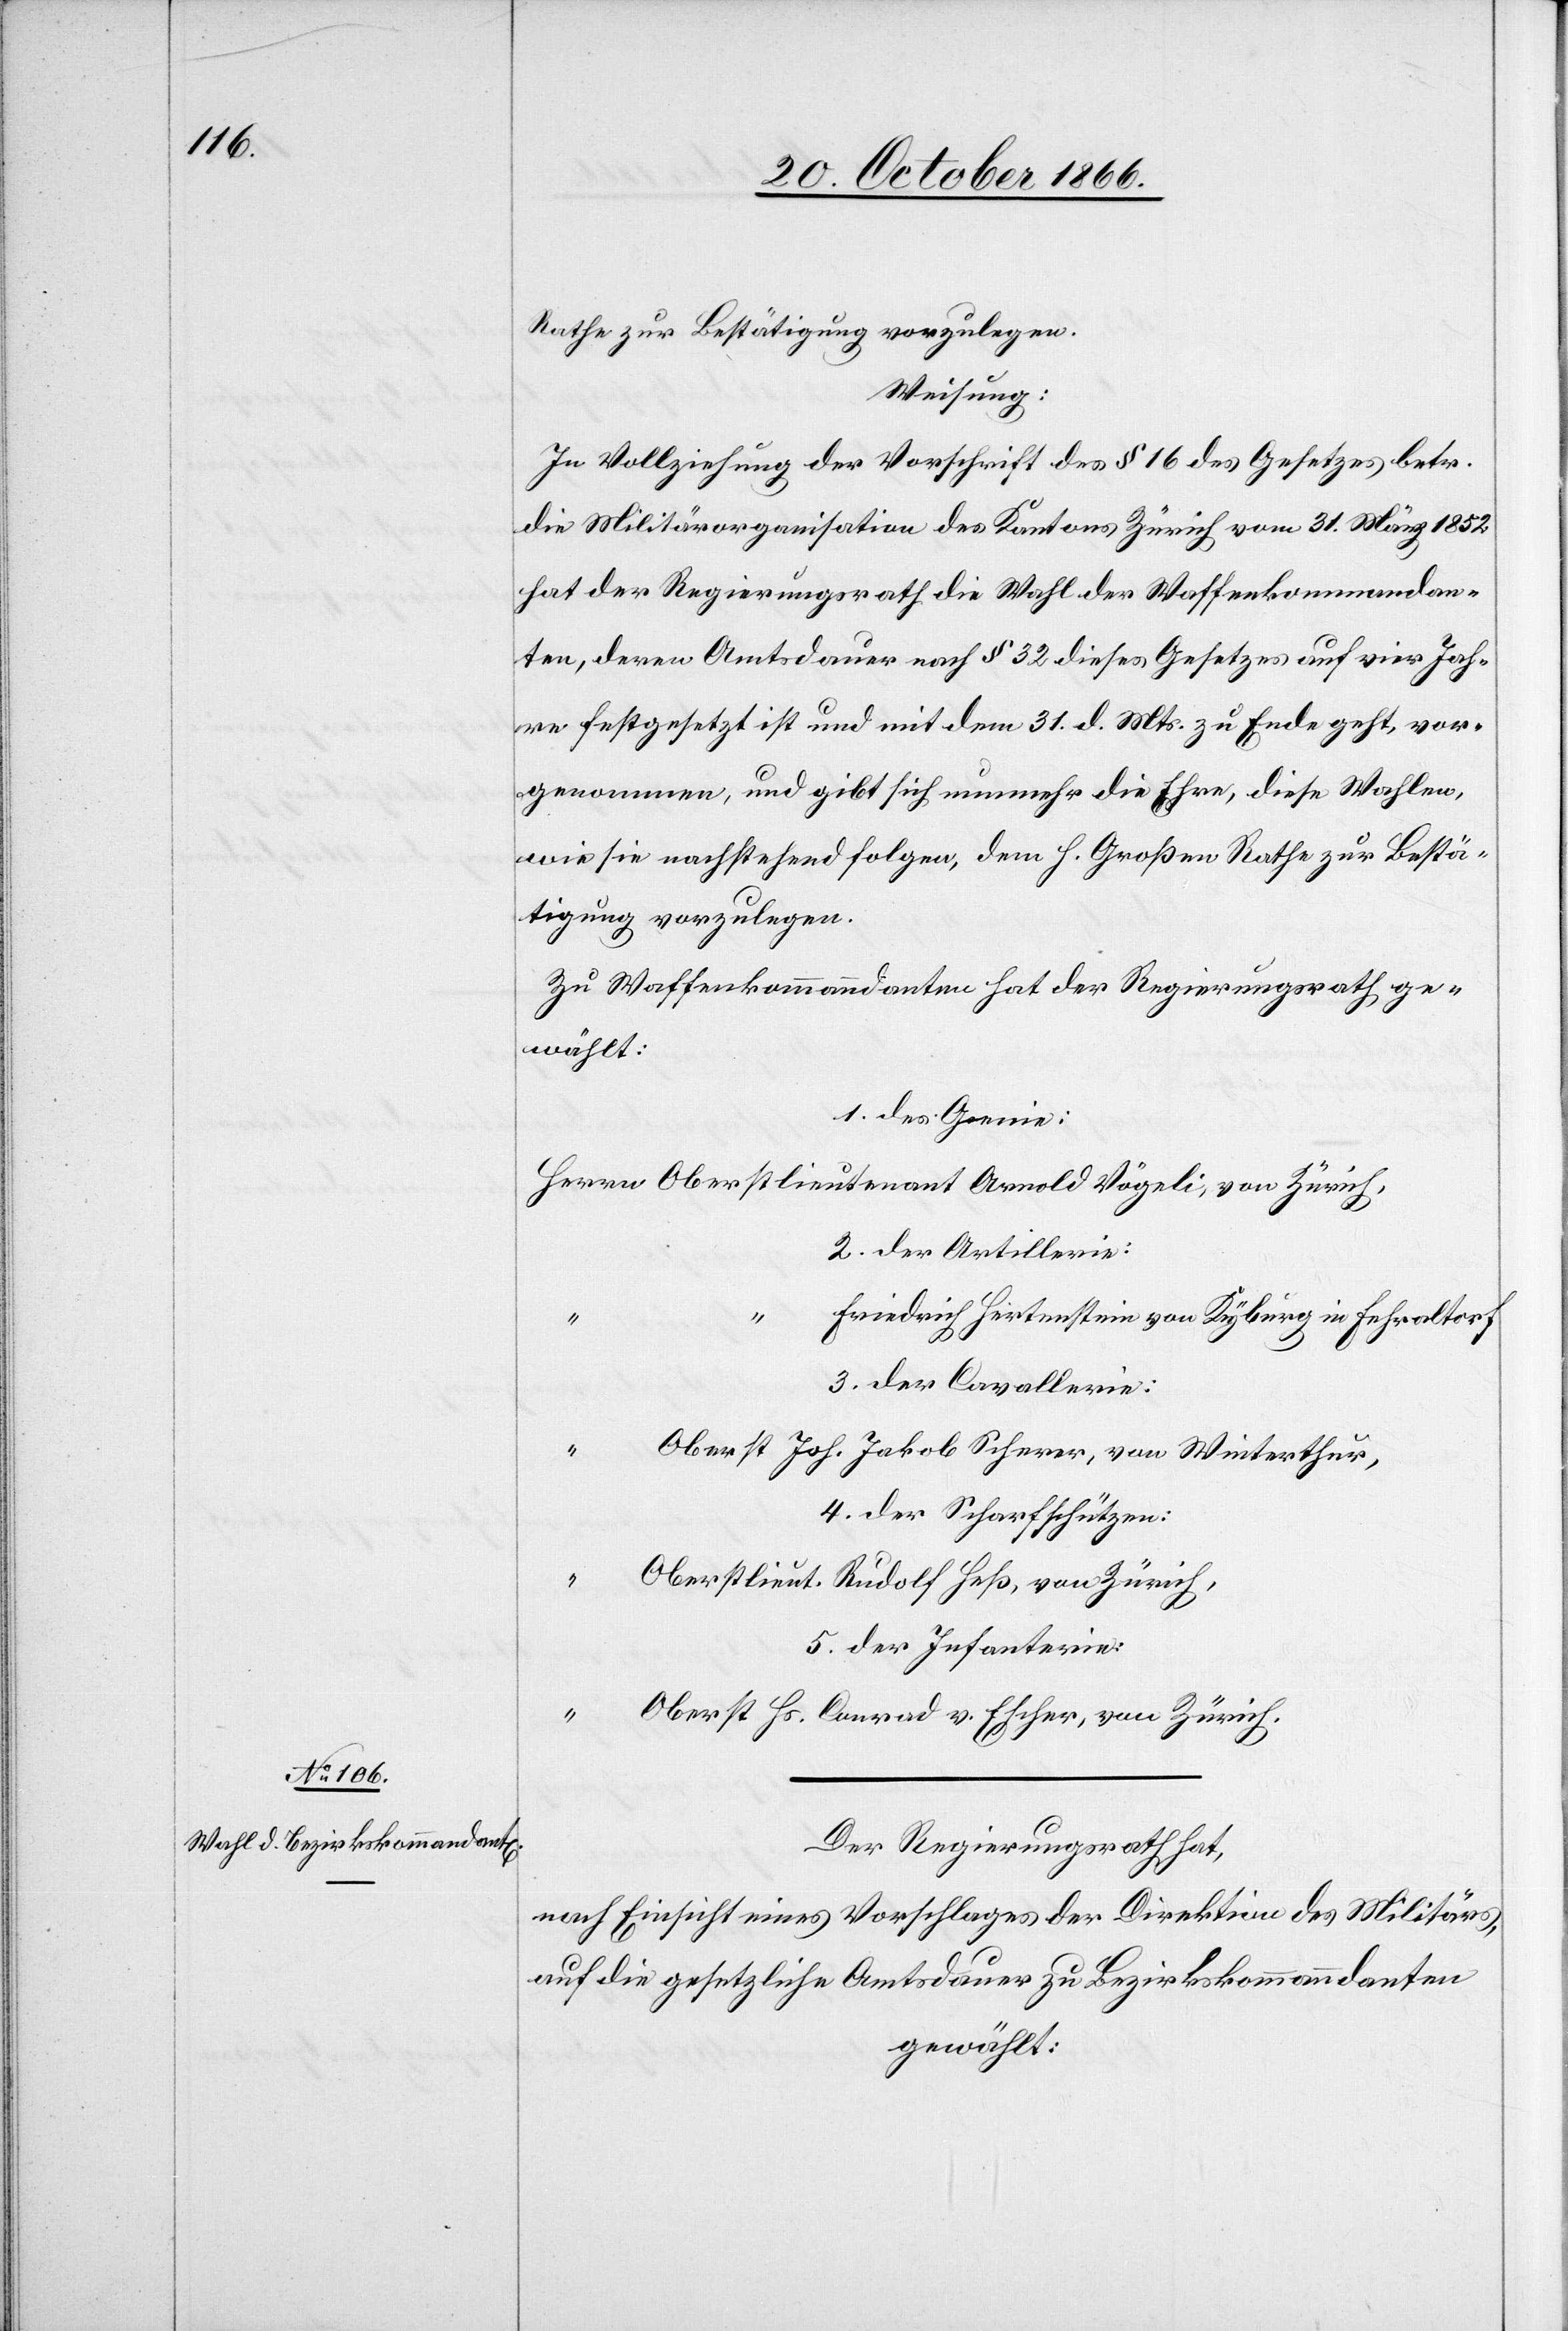
Rathe zur Bestätigung vorzulegen:
Weisung:
In Vollziehung der Vorschrift des § 16 des Gesetzes betr.
die Militärorganisation des Kantons Zürich vom 31. März 1852
hat der Regierungsrath die Wahl der Waffenkommandan¬
ten, deren Amtsdauer nach § 32 dieses Gesetzes auf vier Jah¬
re festgesetzt ist und mit dem 31. d. Mts. zu Ende geht, vor¬
genommen, und gibt sich nunmehr die Ehre, diese Wahlen,
wie sie nachstehend folgen, dem h. Großen Rathe zur Bestä¬
tigung vorzulegen.
Zu Waffenkommanndanten [sic!] hat der Regierungsrath ge¬
wählt:
1. Des Genie:
Herrn Oberstlieutenant Arnold Vögeli, von Zürich,
2. Der Artillerie:
Friedrich Hertenstein, von Kyburg in Fehraltorf,
3. Der Cavallerie:
“
Oberst Joh. Jakob Scherer, von Winterthur,
4. Der Scharfschützen:
“ Oberstlieut. Rudolf Heß, von Zürich,
5. Der Infanterie:
“
Oberst Hs. Conrad v. Escher, von Zürich.
Der Regierungsrath hat,
nach Einsicht eines Vorschlages der Direktion des Militärs,
auf die gesetzliche Amtsdauer zu Bezirkskommanndanten
gewählt: